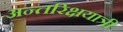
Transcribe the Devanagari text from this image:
अन्तरिक्षयात्री